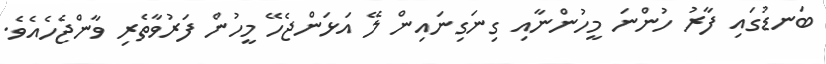
ބަނޑުގައި ފާރު ހުންނަ މީހުންނާއި ގިނަގިނައިން ލޭ އަޅަންޖެހޭ މީހުން ފަރުވާތެރި ވާންޖެހެއެވެ.